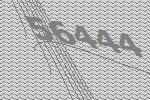
56444